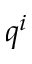
q ^ { i }